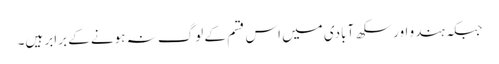
جبکہ ہندو اور سکھ آبادی میں اس قسم کے لوگ نہ ہونے کے برابر ہیں۔